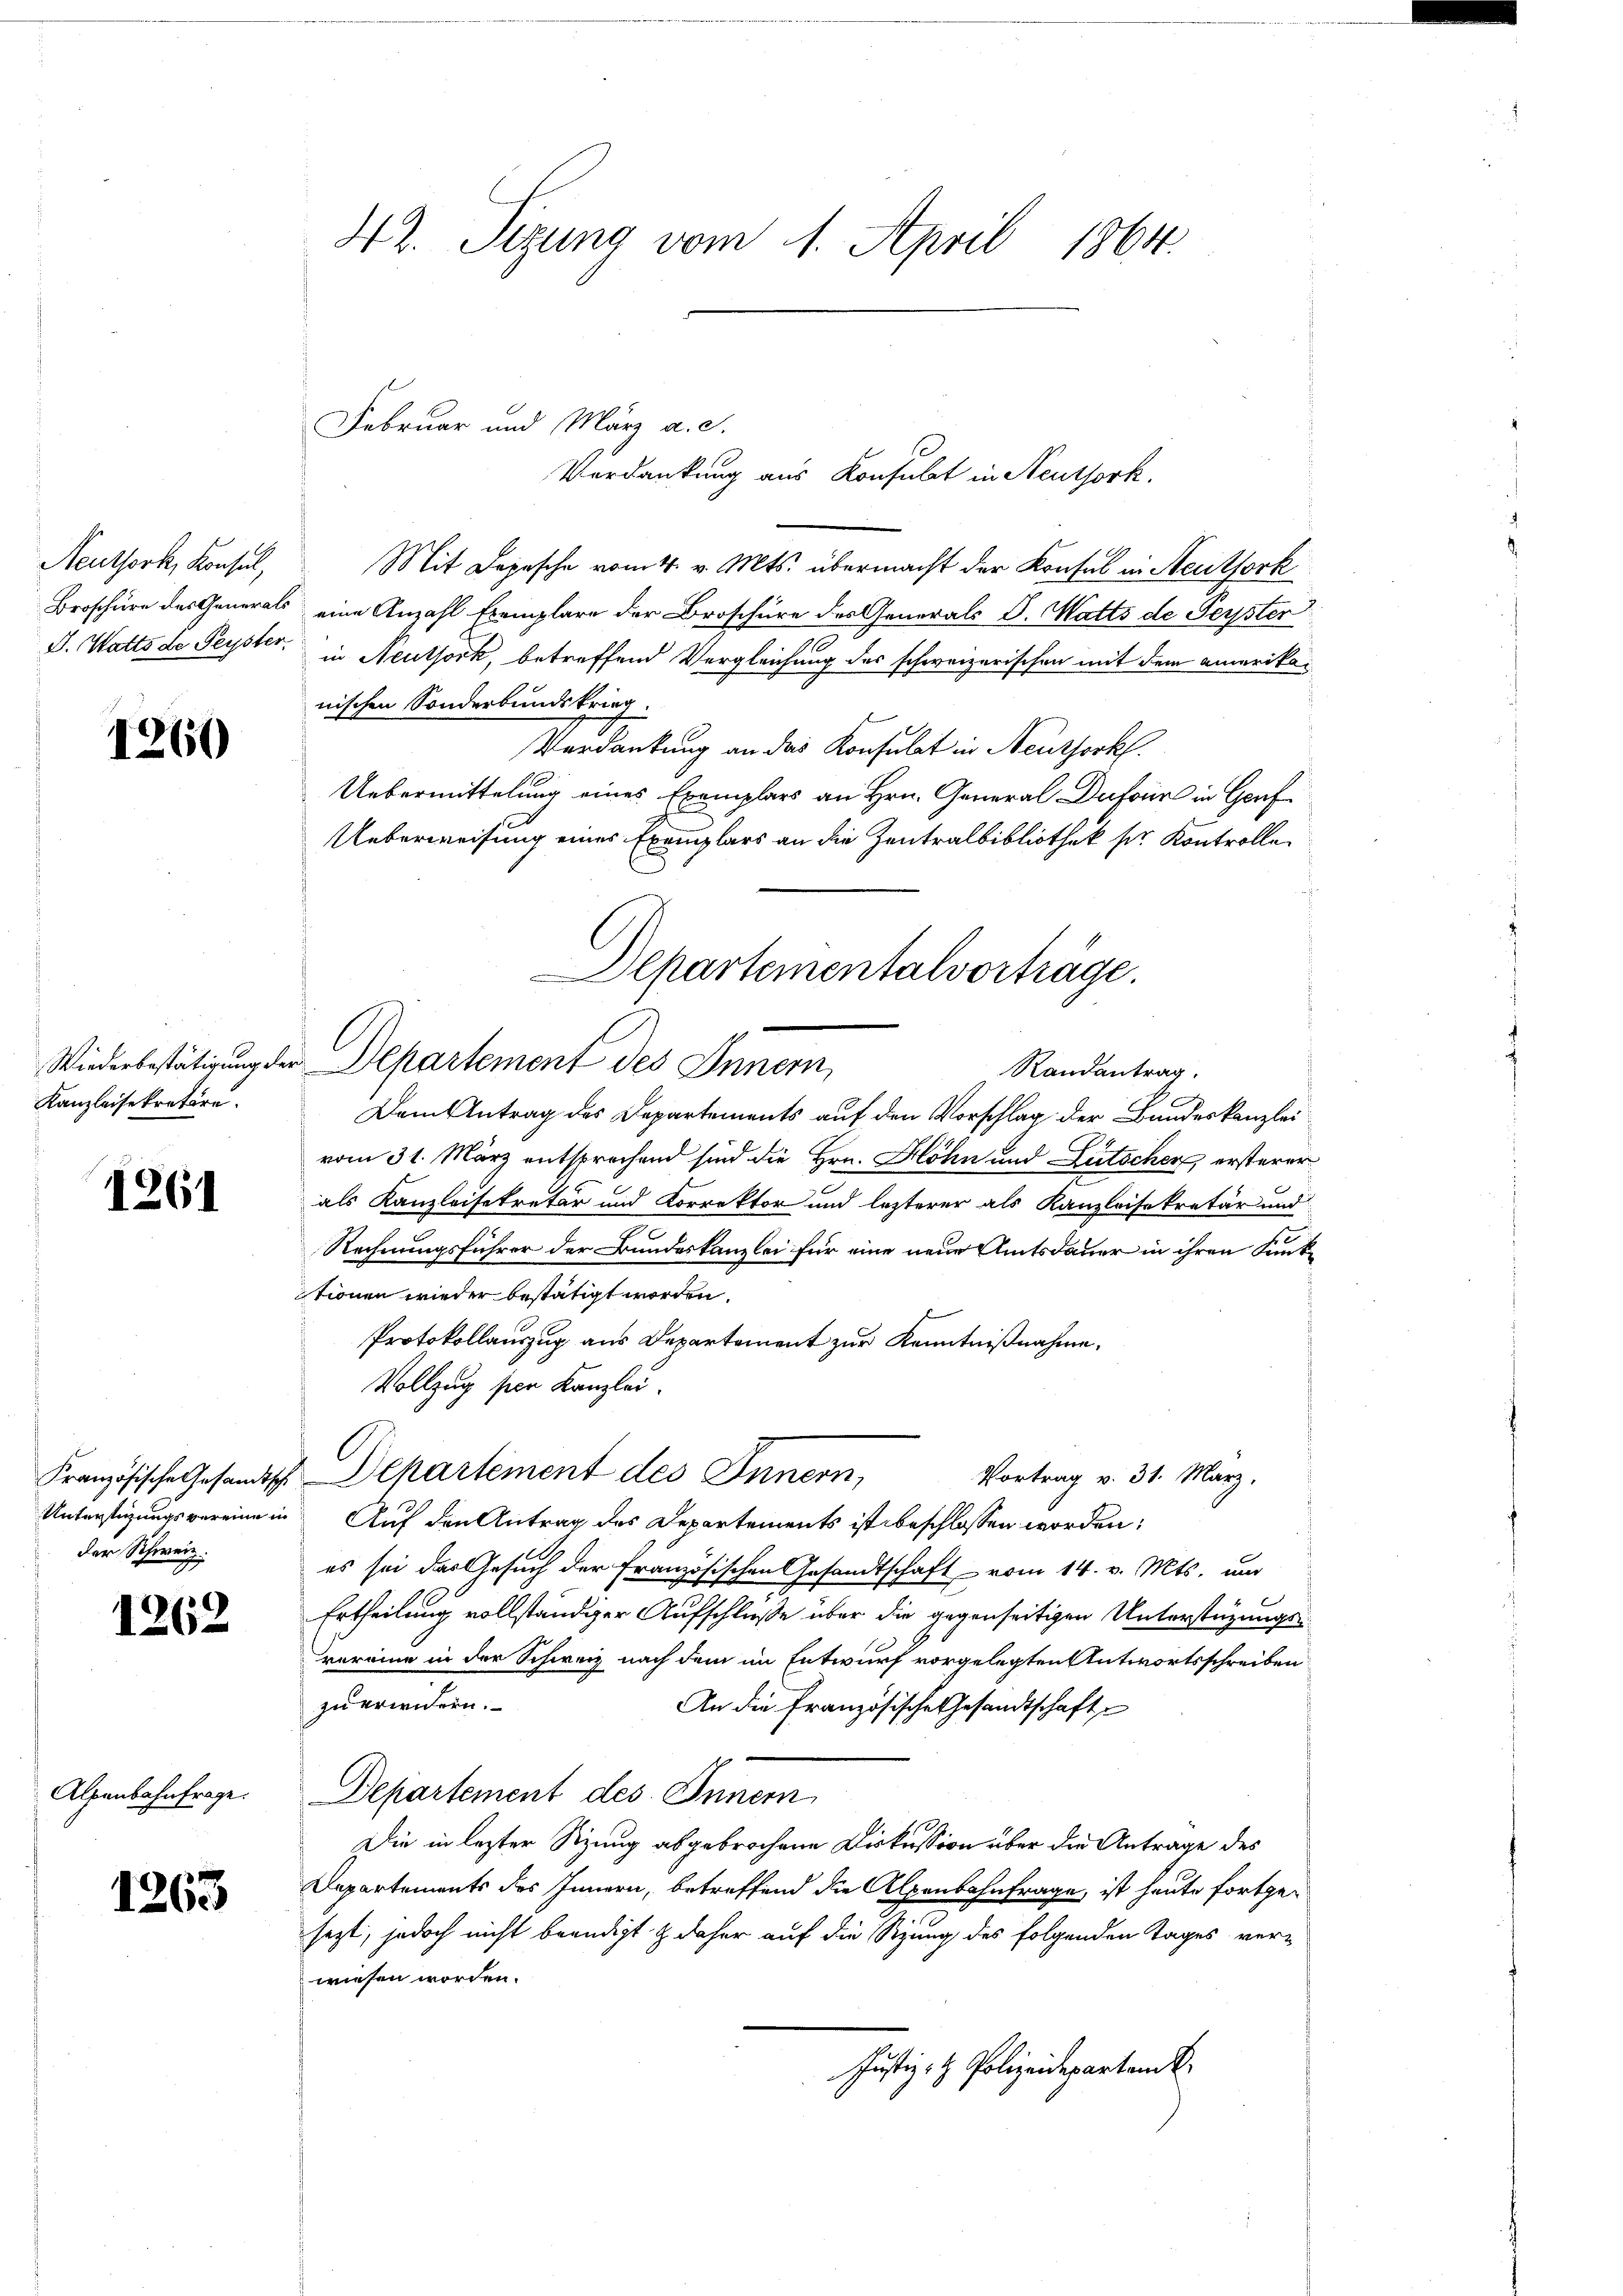
Neuthork, Konsul,

1260

Kanzleisekretäre.

1261

der Schweiz.

1262

Alpenbahnfrage.

1263

Februar und März a. c.
Mit Depesche vom 4. v. Mts. übermacht der Konsul in Neuthork
Broschüre des Generals eine Anzahl Exemplare der Broschüre des Generals d. Matts de Teyster
J. Watts de Seyster, in Neuthock, betreffend Vergleichung des schweizerischen mit dem amerikanischen Sonderbundskrieg.
Verdankung an das Konsulat in Neuthork
Uebermittelung eines Exemplars an Hrn. General Dufour in Genf
Ueberweisung eines Exemplars an die Zentralbibliothek sr. Kontrolle.
Dem Antrag des Departements auf den Vorschlag der Bundeskanzlei-
vom 31. März entsprechend sind die Hrn. Blöhn und Lütscher ersterer
als Kanzleisekretär und Korrektor und lezterer als Kanzleisekretär und
Rechnungsführer der Bundeskanzlei für eine neue Amtsdauer in ihren Funk-
tionen wieder bestätigt worden.
Protokollauszug aus Departement zur Kenntnißnahme,
Vollzug sein Kanzlei.
Französische Gesandtsch. Departement des Innern,
Vortrag v. 31. März.
Unterstigungsvereine in Auf den Antrag des Departements ist beschlossen worden;
es sei das Gesuch der Französischen Gesandtschaft vom 14. v. Mts. und
Ertheilung vollständiger Aufschluße über die gegenseitigen Unterstüzungsvereine in der Schweiz nach dem im Entwurf vorgelegten Antwortsschreiben
zu erwidern.
An die Französische Gesandtschaft
Departement des Innern
Die in lezter Sitzung abgebrochene Diskussion über die Antrage des
Departements des Innern, betreffend die Alpenbahnfrage, ist heute fortgesezt, jedoch nicht beendigt & daher auf die Sitzung des folgenden Tages verwiesen worden.
Justiz- & Polizeideparten k

42. Sizung vom 1. April 1864.

Departementalvorträge.
Wiederbestätigung der Departement des Innern,
Randantrag.

Verdankung aus Konsulat in Neuthork